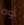
أوه